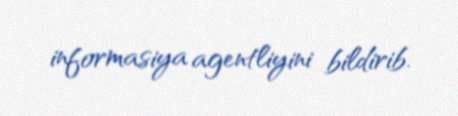
informasiya agentliyini bildirib.